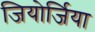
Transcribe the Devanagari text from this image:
जियोर्जिया